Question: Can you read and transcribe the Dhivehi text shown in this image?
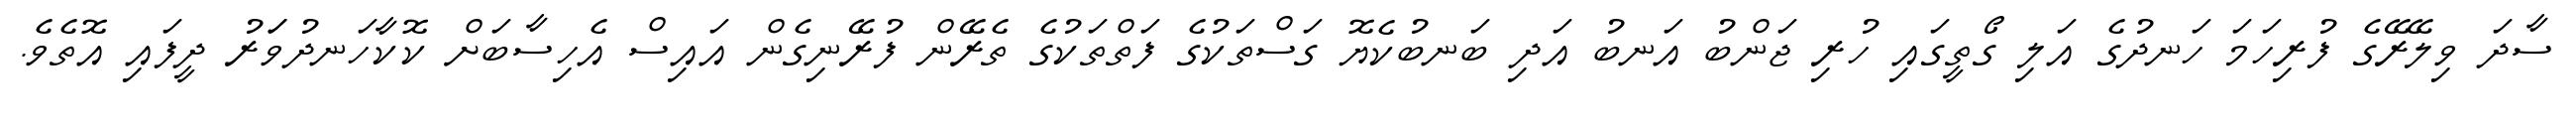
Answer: ސާދަ ވިލޭރޭގެ ފުރިހަމަ ހަނދުގެ އަލި ގޯތީގައި ހުރި ޖަންބު އަނބު އަދި ބަނބުކެޔޮ ގަސްތަކުގެ ފަތްތަކުގެ ތެރޭން ފުރޭނިގެން އައިސް އެހިސާބަށް ކޮކާހަނދުވަަރު ދީފައި އޮތެވެ.